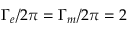
\Gamma _ { e } / 2 \pi = \Gamma _ { m } / 2 \pi = 2